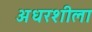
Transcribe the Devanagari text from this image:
अधरशीला